Report on vaccination in Madras 1904-1921 - 1904-1921
Year: 1904
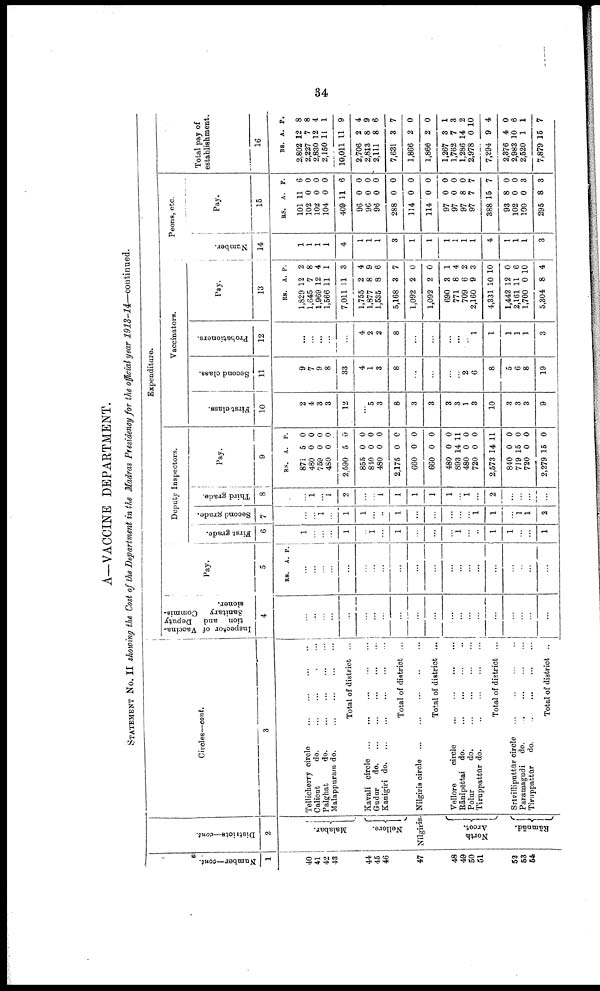
34
A—VACCINE DEPARTMENT.
STATEMENT No. II showing the Cost of the Department in the Madras Presidency for the official year 1913-14—continued.
Number—cont.
1
40
41
42
43
44
45
46
47
48
49
50
51
52
53
54
Districts—cont.
2
Malabar.
Nellore.
Nilgiris.
North
Arcot.
Rāmnād.
Circles—cont.
3
Tellicherry circle
...
...
...
...
Calicut
do. ... ... ... ...
Palghat
do.
...
...
...
...
Malappuram do.
...
...
...
...
Total of district ...
Kavali circle
...
...
...
...
...
Gudur
d
o
. ... ... ... ... ...
Kanigiri d
o
. ... ... ... ... ...
Total of district ...
Nilgiris circle ... ... ... ... ...
Total of district ...
Vellore
circle
...
...
...
...
Rānipēttai do.
...
...
...
...
Polur
do.
...
...
...
...
Tiruppattūr do.
...
...
...
...
Total of district ...
Srivilliputtūr circle ... ... ... ...
Paramagudi
do.
...
...
...
...
Tiruppattūr
do.
...
...
...
...
Total of district ...
Expenditure.
Inspector of Vaccina-
tion and Deputy
Sanitary Commis
sioner.
4
...
...
...
...
...
...
...
...
...
...
...
...
...
...
...
...
...
...
...
...
Pay.
5
RS. A. P.
...
...
...
...
...
...
...
...
...
...
...
...
...
...
...
...
...
...
...
...
Deputy Inspectors.
First grade.
6
1
...
...
...
1
...
1
...
1
...
...
...
1
...
...
1
1
...
...
1
Second grade.
7
...
...
1
...
1
1
...
...
1
...
...
...
...
...
1
1
...
1
1
2
Third grade.
8
...
1
...
1
2
...
...
...
1
1
...
1
...
1
...
2
...
...
...
...
Pay.
9
RS.
871
480
759
480
2,590
855
810
480
2,175
660
660
480
893
480
720
2,573
840
719
720
2,279
A.
5
0
0
0
5
0
0
0
0
0
0
0
14
0
0
14
0
15
0
15
P.
0
0
0
0
0
0
0
0
0
0
0
0
11
0
0
11
0
0
0
0
Vaccinators.
First class.
10
2
4
3
3
12
...
5
3
8
3
3
3
3
1
3
10
3
3
3
9
Second class.
11
9
7
9
8
33
4
1
3
8
...
...
...
...
2
6
8
5
6
8
19
Probationers.
12
...
...
...
...
...
4
2
2
8
...
...
...
...
... 1
1
1
1
1
3
Pay.
13
RS.
1,829
1,645
1,969
1,566
7,011
1,755
1,877
1,535
5,168
1,092
1,092
690
771
709
2,160
4,331
1,442
2,161
1,700
5,304
A
12
7
12
11
11
2
8
8
3
2
2
3
8
6
9
10
12
11
0
8
P.
2
8
4
1
3
4
9
6
7
0
0
1
4
2
3
10
0
6
10
4
Peons, etc.
Number.
14
1
1
1
1
4
1
1
1
3
1
1
1
1
1
1
4
1
1
1
3
Pay.
15
RS.
101
102
102
104
409
96
96
96
288
114
114
97
97
97
97
388
93
102
100
295
A.
11
0
0
0
11
0
0
0
0
0
0
0
0
8
7
15
8
0
0
8
P.
6
0
0
0
6
0
0
0
0
0
0
0
0
0
7
7
0
0
3
3
Total pay of
establishment.
16
RS.
2,802
2,227
2,830
2,150
10,011
2,706
2,813
2,111
7,631
1,866
1,866
1,267
1,762
1,286
2,978
7,294
2,376
2,983
2,520
7,879
A.
12
7
12
11
11
2
8
8
3
2
2
3
7
14
0
9
4
10
1
15
P.
8
8
4
1
9
4
9
6
7
0
0
1
3
2
10
4
0
6
1
7